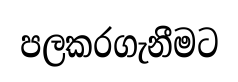
පලකරගැනීමට